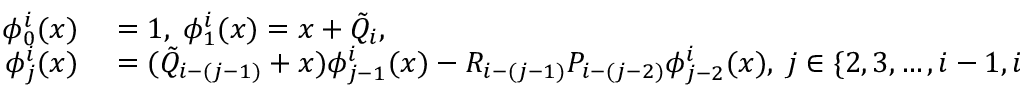
\begin{array} { r l } { \phi _ { 0 } ^ { i } ( x ) } & { { } = 1 , \; \phi _ { 1 } ^ { i } ( x ) = x + \Tilde { Q } _ { i } , \; } \\ { \phi _ { j } ^ { i } ( x ) } & { { } = ( \Tilde { Q } _ { i - ( j - 1 ) } + x ) \phi _ { j - 1 } ^ { i } ( x ) - R _ { i - ( j - 1 ) } P _ { i - ( j - 2 ) } \phi _ { j - 2 } ^ { i } ( x ) , \; j \in \{ 2 , 3 , \ldots , i - 1 , i \} . } \end{array}